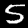
Label: 5